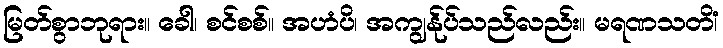
မြတ်စွာဘုရား။ ခေါ၊ စင်စစ်။ အဟံပိ၊ အကျွန်ုပ်သည်လည်း။ မရဏသတိံ၊